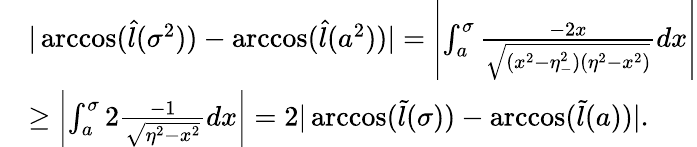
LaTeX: \begin{array}{rl}&{|\operatorname{arccos}(\hat{l}(\sigma^{2}))-\operatorname{arccos}(\hat{l}(a^{2}))|=\left|\int_{a}^{\sigma}\frac{-2x}{\sqrt{(x^{2}-\eta_{-}^{2})(\eta^{2}-x^{2})}}dx\right|}\\ &{\geq\left|\int_{a}^{\sigma}2\frac{-1}{\sqrt{\eta^{2}-x^{2}}}dx\right|=2|\operatorname{arccos}(\tilde{l}(\sigma))-\operatorname{arccos}(\tilde{l}(a))|.}\end{array}